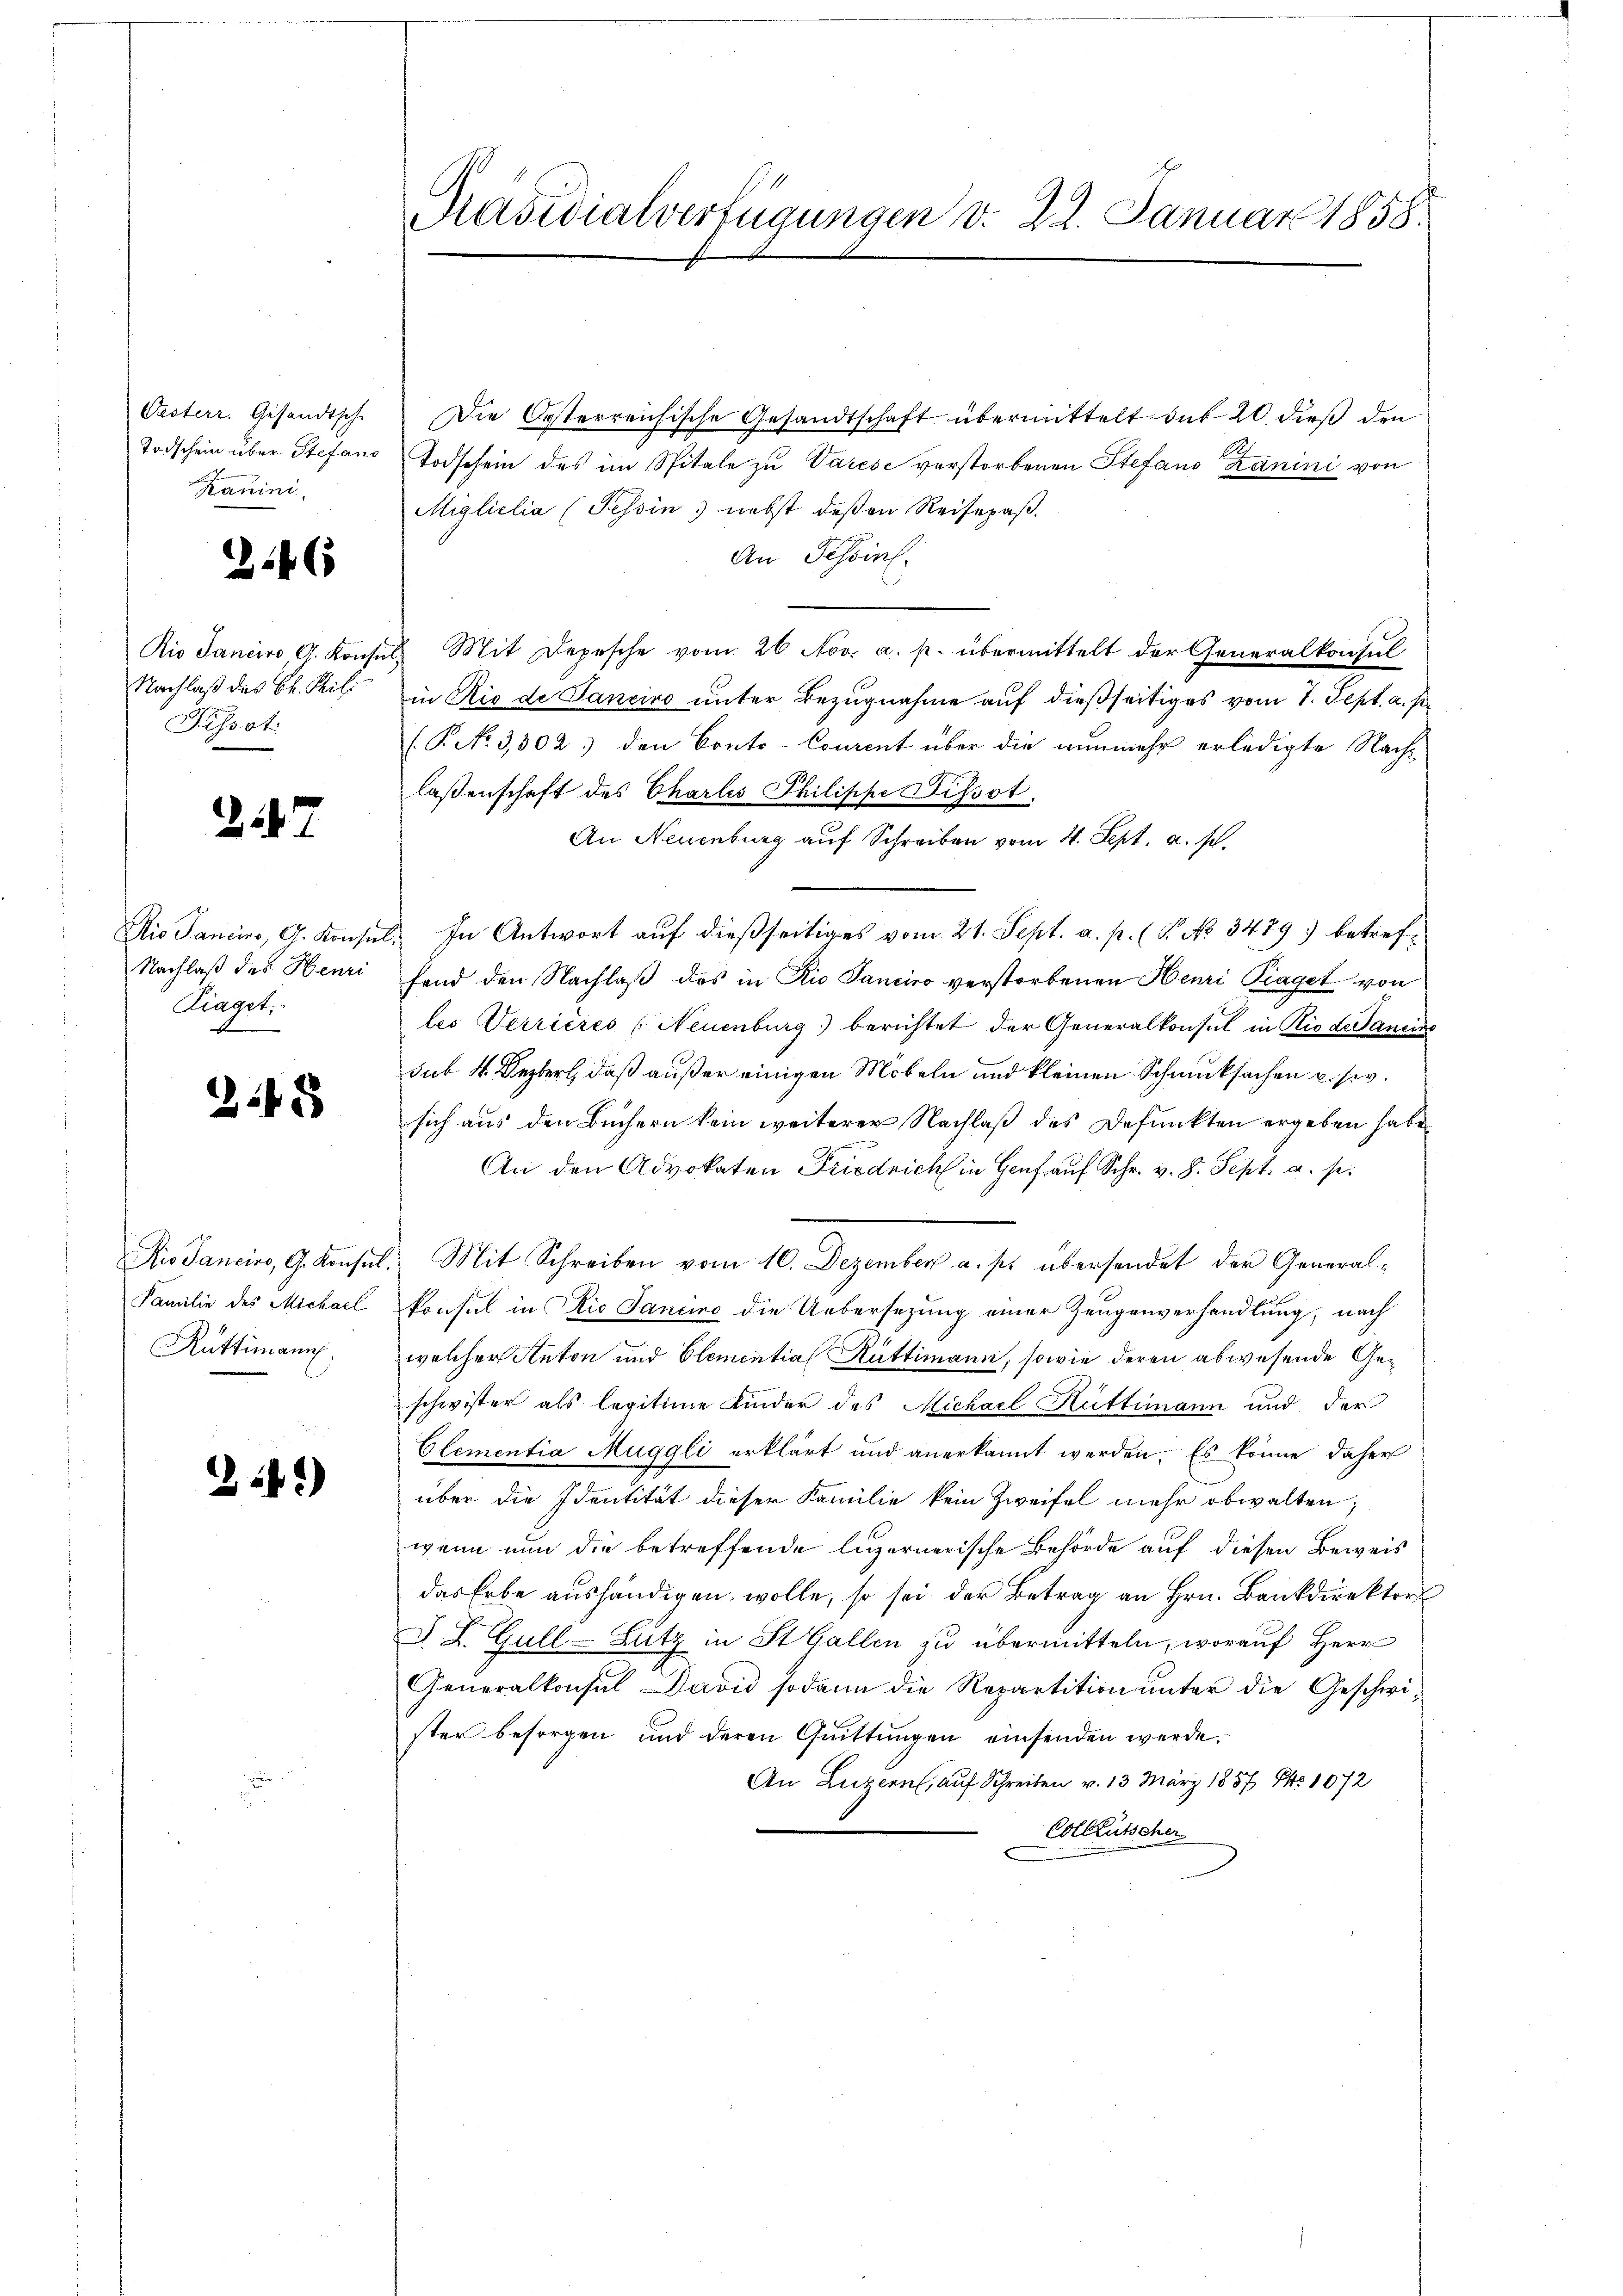
Oesterr. Gesandtsche
Todschein über Stefand
Kanini.

.

247

24 x

Nachlaß das Bl. Mili
Pissot

Nachlaß des Henri
Kiaget.

25

Familie des Michael
Rüttimann.

26.)

Die Oesterreichische Gesandtschaft übermittelt das 20. dieß den
Todschein des im Spitale zu Varese verstorbenen Stefand Zanini von
Migliclia (Tessin nebst deßen Reisepaß.
An Tessin.
Die Janeiro A. Konsuls Mit Depesche vom 26. Nov. a. p. übermittelt der Generalkonsul
in Rio de Janeiro unter Bezugnahme auf dießseitiges vom 7. Sept. a. s
(P. No 3,302) den Conto-Courent über die nunmehr erledigte Nachlassenschaft des Charlis Philippe Dissot.
An Neuenburg auf Schreiben vom 4. Sept. a. s.
Aio Sancier, G. Konsul, In Antwort auf dießseitiges vom 21. Sept. a. p. (P No 3479 betreffend den Nachlaß des in Rio Sanciro verstorbenen Henri Piaget von
les Verrieres (Neuenburg) berichtet der Generalkonsul in Rio de Janeine
sub 4 Dezerl, daß außer einigen Möbeln und kleinen Schmucksachen u. siv.
sich aus den Büchern kein weiterer Nachlaß des Defunkten ergeben habe,
.
An den Advokaten Friedrich in Genf auf Schr. v. 8. Sept. a. p.
Kio Sanciro, G. Konsul. Mit Schreiben vom 10. Dezember a. p. übersendet der Generalkonsul in Rio Sancine die Uebersezung einer Zeugenverhandlung, nach
welcher Anton und Elementia Rüttimann, sowie deren abwesende Geschwister als legitime Kinder des Michael Hüttimann und der
Clementia Muggli erklärt und anerkannt werden. Es könne daher
über die Identität dieser Familie kein Zweifel mehr obwalten;
wenn nun die betreffende luzernerische Behörde auf diesen Beweis
das Erbe aushändigen wolle, so sei der Betrag an Hrn. Bankdirektors
J. L. Gull-Butz in St. Gallen zu übermitteln, worauf Herr
Generalkonsul David sodann die Repartition unter die Geschwister besorgen und deren Gŭittŭngen einsenden werde.
An Luzern, auf Schreiben v. 13 März 1857 S. 1072
Colleutscher

Präsidialverfügungen v. 22. Januar 1858.